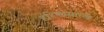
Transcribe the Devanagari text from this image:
हरिणासारखे